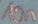
Text: 10n